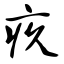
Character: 疚